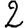
Digit: 2